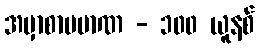
အမှာစာပမာဏ - ၁၀၀ ယူနစ်